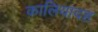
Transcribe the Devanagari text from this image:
कालियादह